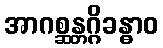
အာဂစ္ဆန္တဂ္ဂိခန္ဓာဝ